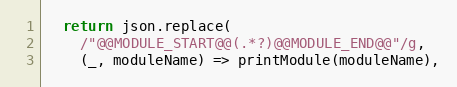
Language: JavaScript
  return json.replace(
    /"@@MODULE_START@@(.*?)@@MODULE_END@@"/g,
    (_, moduleName) => printModule(moduleName),